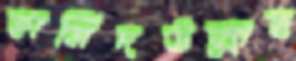
হামিদউল্লাহ